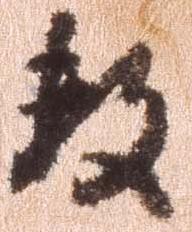
数